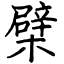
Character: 檗